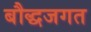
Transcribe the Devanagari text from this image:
बौद्धजगत